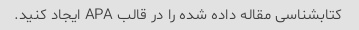
کتابشناسی مقاله داده شده را در قالب APA ایجاد کنید.